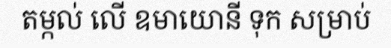
តម្កល់ លើ ឧមាយោនី ទុក សម្រាប់